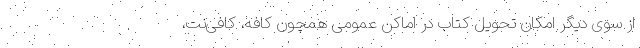
از سوی دیگر امکان تحویل کتاب در اماکن عمومی همچون کافه، کافی‌نت،